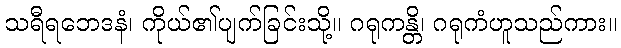
သရီရဘေဒနံ၊ ကိုယ်၏ပျက်ခြင်းသို့။ ဂရုကန္တိ၊ ဂရုကံဟူသည်ကား။